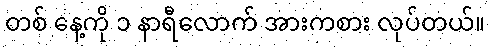
တစ် နေ့ကို ၁ နာရီလောက် အားကစား လုပ်တယ်။